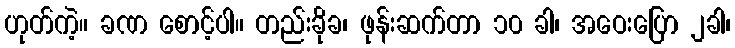
ဟုတ်ကဲ့။ ခဏ စောင့်ပါ။ တည်းခိုခ၊ ဖုန်းဆက်တာ ၁၀ ခါ၊ အဝေးပြော ၂ခါ၊